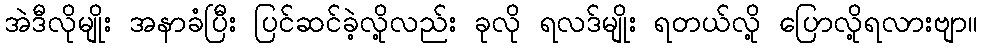
အဲဒီလိုမျိုး အနာခံပြီး ပြင်ဆင်ခဲ့လို့လည်း ခုလို ရလဒ်မျိုး ရတယ်လို့ ပြောလို့ရလားဗျာ။